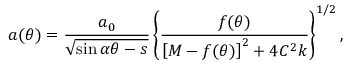
a ( \theta ) = \frac { a _ { 0 } } { \sqrt { \sin \alpha \theta - s } } \left\{ \frac { f ( \theta ) } { \left[ M - f ( \theta ) \right] ^ { 2 } + 4 C ^ { 2 } k } \right\} ^ { 1 / 2 } ,